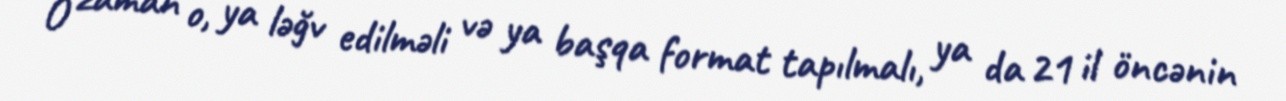
O zaman o, ya ləğv edilməli və ya başqa format tapılmalı, ya da 21 il öncənin